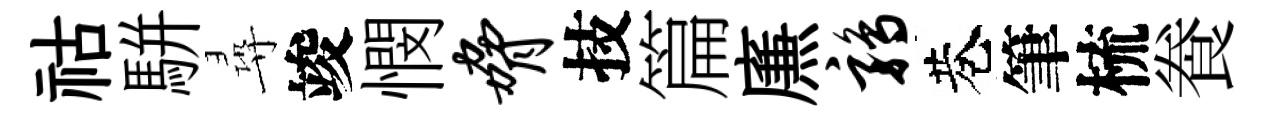
祜駢尋竣憫胁技篇㢘鹑巷筆梳飬